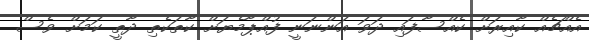
އެއްޗެއް ކާއިރަށް ކެއްސާފައި ދަވަ އަންނަނީ ފުއްޕާމެޔަށް ކާތަކެތި ދާތީ ކަމަށް ވެސް